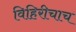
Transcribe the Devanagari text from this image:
विहिरीचाच